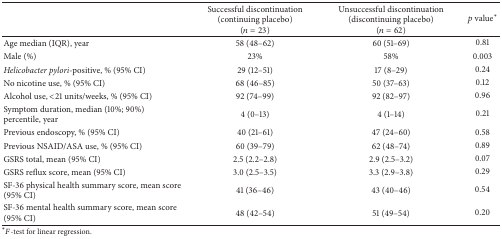
<table><thead><tr><td><b> </b></td><td><b>Successful discontinuation(continuing placebo)(<i>n</i> = 23)</b></td><td><b>Unsuccessful discontinuation(discontinuing placebo)(<i>n</i> = 62)</b></td><td><b><i>p</i> value<sup><i>∗</i></sup></b></td></tr></thead><tbody><tr><td>Age median (IQR), year </td><td>58 (48–62)</td><td>60 (51–69)</td><td>0.81</td></tr><tr><td>Male (%)</td><td>23%</td><td>58%</td><td>0.003</td></tr><tr><td><i>Helicobacter pylori-</i>positive, % (95% CI)</td><td>29 (12–51)</td><td>17 (8–29)</td><td>0.24</td></tr><tr><td>No nicotine use, % (95% CI)</td><td>68 (46–85)</td><td>50 (37–63)</td><td>0.12</td></tr><tr><td>Alcohol use, &lt;21 units/weeks, % (95% CI)</td><td>92 (74–99)</td><td>92 (82–97)</td><td>0.96</td></tr><tr><td>Symptom duration, median (10%; 90%) percentile, year </td><td>4 (0–13)</td><td>4 (1–14)</td><td>0.21</td></tr><tr><td>Previous endoscopy, % (95% CI)</td><td>40 (21–61)</td><td>47 (24–60)</td><td>0.58</td></tr><tr><td>Previous NSAID/ASA use, % (95% CI)</td><td>60 (39–79)</td><td>62 (48–74)</td><td>0.89</td></tr><tr><td>GSRS total, mean (95% CI)</td><td>2.5 (2.2–2.8)</td><td>2.9 (2.5–3.2)</td><td>0.07</td></tr><tr><td>GSRS reflux score, mean (95% CI)</td><td>3.0 (2.5–3.5)</td><td>3.3 (2.9–3.8)</td><td>0.29</td></tr><tr><td>SF-36 physical health summary score, mean score (95% CI)</td><td>41 (36–46)</td><td>43 (40–46)</td><td>0.54</td></tr><tr><td>SF-36 mental health summary score, mean score (95% CI)</td><td>48 (42–54)</td><td>51 (49–54)</td><td>0.20</td></tr></tbody></table>